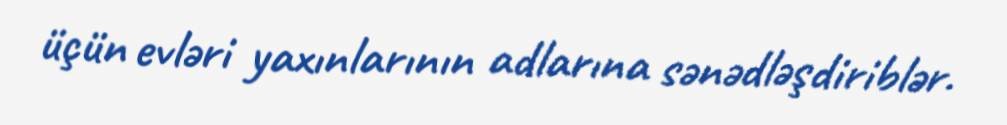
üçün evləri yaxınlarının adlarına sənədləşdiriblər.